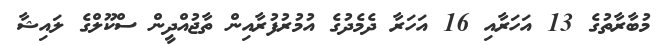
މުބާރާތުގެ 13 އަހަރާއި 16 އަހަރާ ދެމެދުގެ އުމުރުފުރާއިން ތާޖުއްދީން ސްކޫލްގެ ލައިޝާ